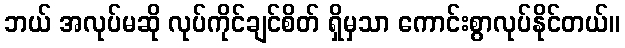
ဘယ် အလုပ်မဆို လုပ်ကိုင်ချင်စိတ် ရှိမှသာ ကောင်းစွာလုပ်နိုင်တယ်။